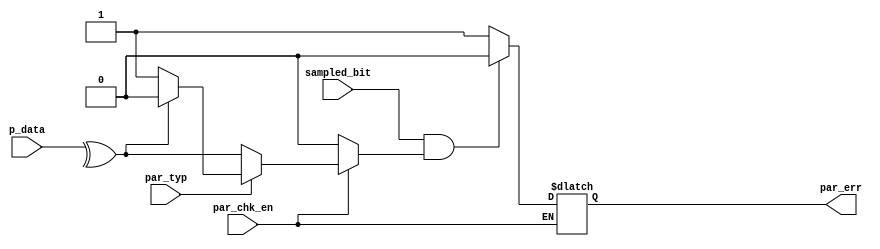
module Parity_Check (

input par_typ      ,
input par_chk_en   ,
input sampled_bit  ,
input [7:0] p_data ,

output reg par_err  
);

wire parity_value;

assign parity_value = (par_chk_en)? ((par_typ) ? ((^p_data)? 1'b0: 1'b1) : (^p_data) ) : 1'b0 ;

always @(*)
begin
	
  if(par_chk_en) begin
    if(par_typ) par_err = (sampled_bit && parity_value) ?  1'b0 : 1'b1 ;
    else  par_err = (sampled_bit && parity_value) ? 1'b0 : 1'b1 ;
  end


end



endmodule




///////////////////////////////////////////////////////////////////////////
///////////////////////////// TESTBENCH ///////////////////////////////////
///////////////////////////////////////////////////////////////////////////


module Parity_Check_tb;

parameter PRESCALE = 'd16;
parameter PERIOD_CLK = 5;

reg  par_typ                 ;
reg  par_chk_en              ;
reg  sampled_bit             ;
reg  [7:0] p_data  		     ;
   
wire par_err                 ;


//always #(PERIOD_CLK / 2) CLK = ~ CLK ;



Parity_Check dut (.par_typ(par_typ),.par_chk_en(par_chk_en),.sampled_bit(sampled_bit),.p_data(p_data) ,.par_err(par_err));


initial begin
par_typ = 0;
par_chk_en = 0;
sampled_bit = 0;
p_data = 0;





par_typ = 1;
#(PERIOD_CLK);
sampled_bit = 1;
#(PERIOD_CLK);
p_data     = 8'b10111000; 
par_chk_en = 1;



#(200 * PERIOD_CLK);


$stop;
end



endmodule